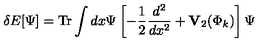
\delta E [ \Psi ] = \mathrm { T r } \int d x \Psi \left[ - { \frac { 1 } { 2 } } { \frac { d ^ { 2 } } { d x ^ { 2 } } } + { \bf V } _ { 2 } ( \Phi _ { k } ) \right] \Psi